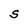
Character: S